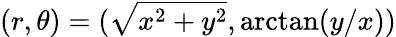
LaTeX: (r,\theta)=(\sqrt{x^{2}+y^{2}},\arctan(y/x))